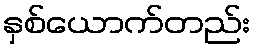
နှစ်ယောက်တည်း